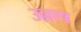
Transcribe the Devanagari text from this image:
उल्लाष